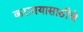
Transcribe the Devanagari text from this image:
करावयासाठीचे